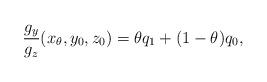
LaTeX: \begin{align*} \frac{g_y}{g_z}(x_\theta,y_0,z_0) = \theta q_1+(1-\theta)q_0, \end{align*}